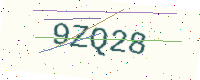
Text: 9ZQ28